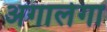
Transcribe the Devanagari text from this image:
अगालेगा